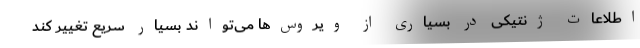
اطلاعات ژنتیکی در بسیاری از ویروس‌ها می‌تواند بسیار سریع تغییر کند